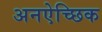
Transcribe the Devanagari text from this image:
अनऐच्छिक